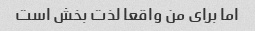
اما برای من واقعا لذت بخش است